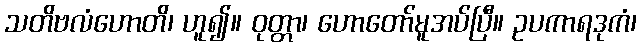
သတိဗလံဟောတိ၊ ဟူ၍။ ဝုတ္တာ၊ ဟောတော်မူအပ်ပြီ။ ဥပကာရဒုကံ၊